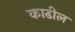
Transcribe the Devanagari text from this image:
काढील